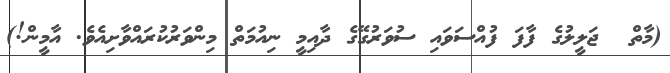
(މާތް  ޖަލީލުގެ ފާފަ ފުއްސަވައި ސުވަރުގޭގެ ދާއިމީ ނިއުމަތް މިންވަރުކުރައްވާށިއެވެ. އާމީން!)